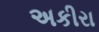
અકીરા